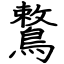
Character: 鷘